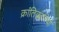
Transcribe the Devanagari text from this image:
क्रांतिकारियो